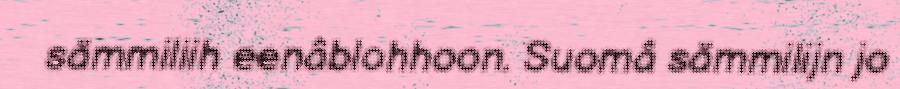
sämmiliih eenâblohhoon. Suomâ sämmilijn jo